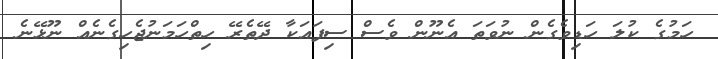
ހަމުގެ ކުލަ ހަޑިވެގެން ނުވަތަ އެނޫން ވެސް ސިފައަކާ ދޭތެރޭ ހިތްހަމަނުޖެހިގެނެއް ނޫޅޭނެ